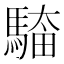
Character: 𮪎